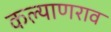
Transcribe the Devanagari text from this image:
कल्याणराव